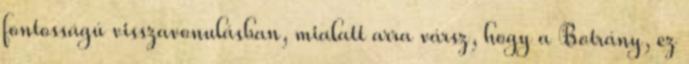
fontosságú visszavonulásban, mialatt arra vársz, hogy a Botrány, ez